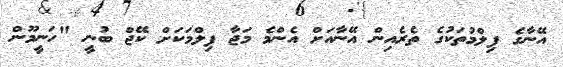
އޭނާގެ ފިލްމުތަކުގެ ތެރެއިން އޭނާއަށް އެންމެ މަޖާ ފިލްމަކަށް ކޭޖް ބުނީ "ހަނީމޫން